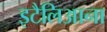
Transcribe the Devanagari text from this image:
इटैलिआना